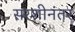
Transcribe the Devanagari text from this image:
सरशीनंतर